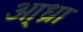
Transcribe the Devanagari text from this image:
आ्ध्रा